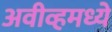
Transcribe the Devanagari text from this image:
अवीव्हमध्ये